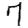
Digit: 7